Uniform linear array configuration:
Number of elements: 32
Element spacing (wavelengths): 0.75
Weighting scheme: binomial
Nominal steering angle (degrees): -15
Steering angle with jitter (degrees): -14.702
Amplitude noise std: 0.05
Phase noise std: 0.05

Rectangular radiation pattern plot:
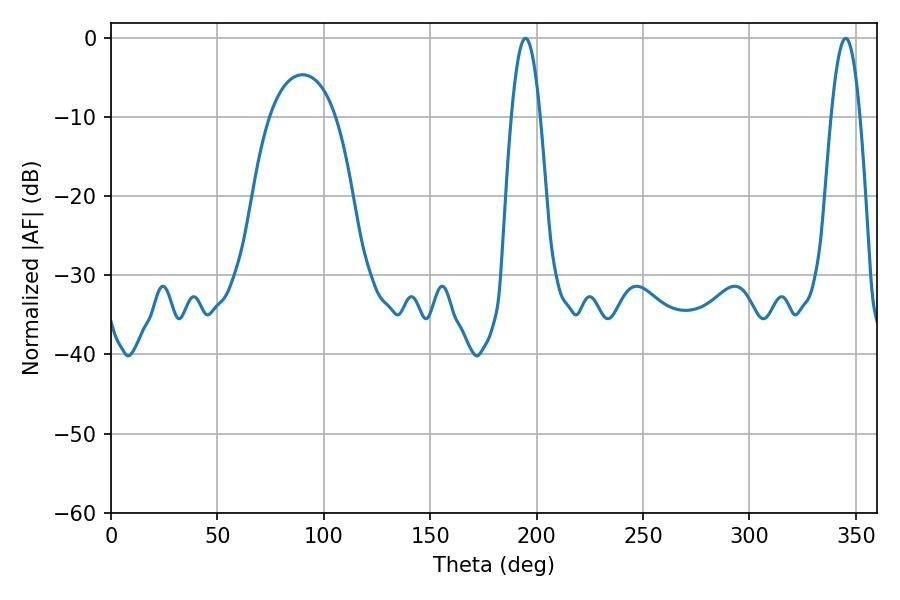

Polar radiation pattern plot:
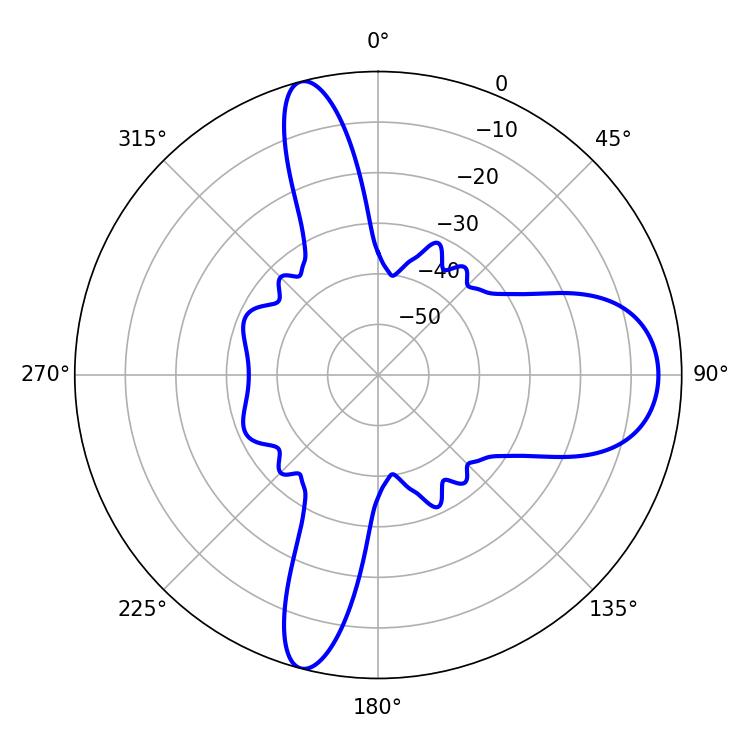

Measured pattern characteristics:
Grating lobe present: TRUE
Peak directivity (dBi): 14.209
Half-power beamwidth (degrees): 7.38
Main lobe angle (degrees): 194.76